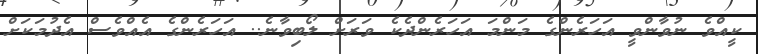
ކީއްވެ ނުވާންވީ އަހަރެންގެ މަންމަ އަހަރެންދެކެ ވަރަށް ލޯބިވާނެ.. އަހަރެންގެ އެއްވެސް އެދުމަކަށް